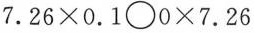
$$7 . 2 6 \times 0 . 1 \bigcirc0 \times 7 . 2 6$$